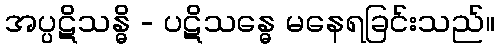
အပ္ပဋိသန္ဓိ - ပဋိသန္ဓေ မနေရခြင်းသည်။